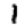
Digit: 1